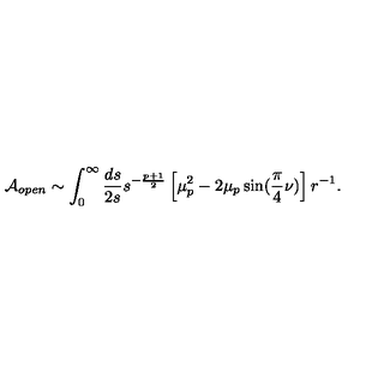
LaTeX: { \cal A } _ { o p e n } \sim \int _ { 0 } ^ { \infty } { \frac { d s } { 2 s } } s ^ { - { \frac { p + 1 } { 2 } } } \left[ \mu _ { p } ^ { 2 } - 2 \mu _ { p } \sin ( { \frac { \pi } { 4 } } \nu ) \right] r ^ { - 1 } .